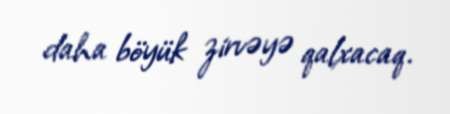
daha böyük zirvəyə qalxacaq.